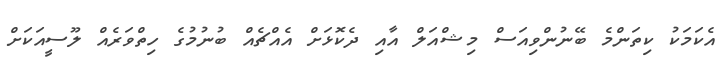
އެކަމަކު ކިތަންމެ ބޭނުންވިއަސް މިޝްއަލް އާއި ދެކޮޅަށް އެއްޗެއް ބުނުމުގެ ހިތްވަރެއް ލޫސީއަކަށް